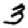
Digit: 3